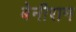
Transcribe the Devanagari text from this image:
बेनीराम